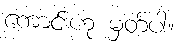
ကောင်းဟု မှတ်ပါ။